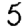
Digit: 5